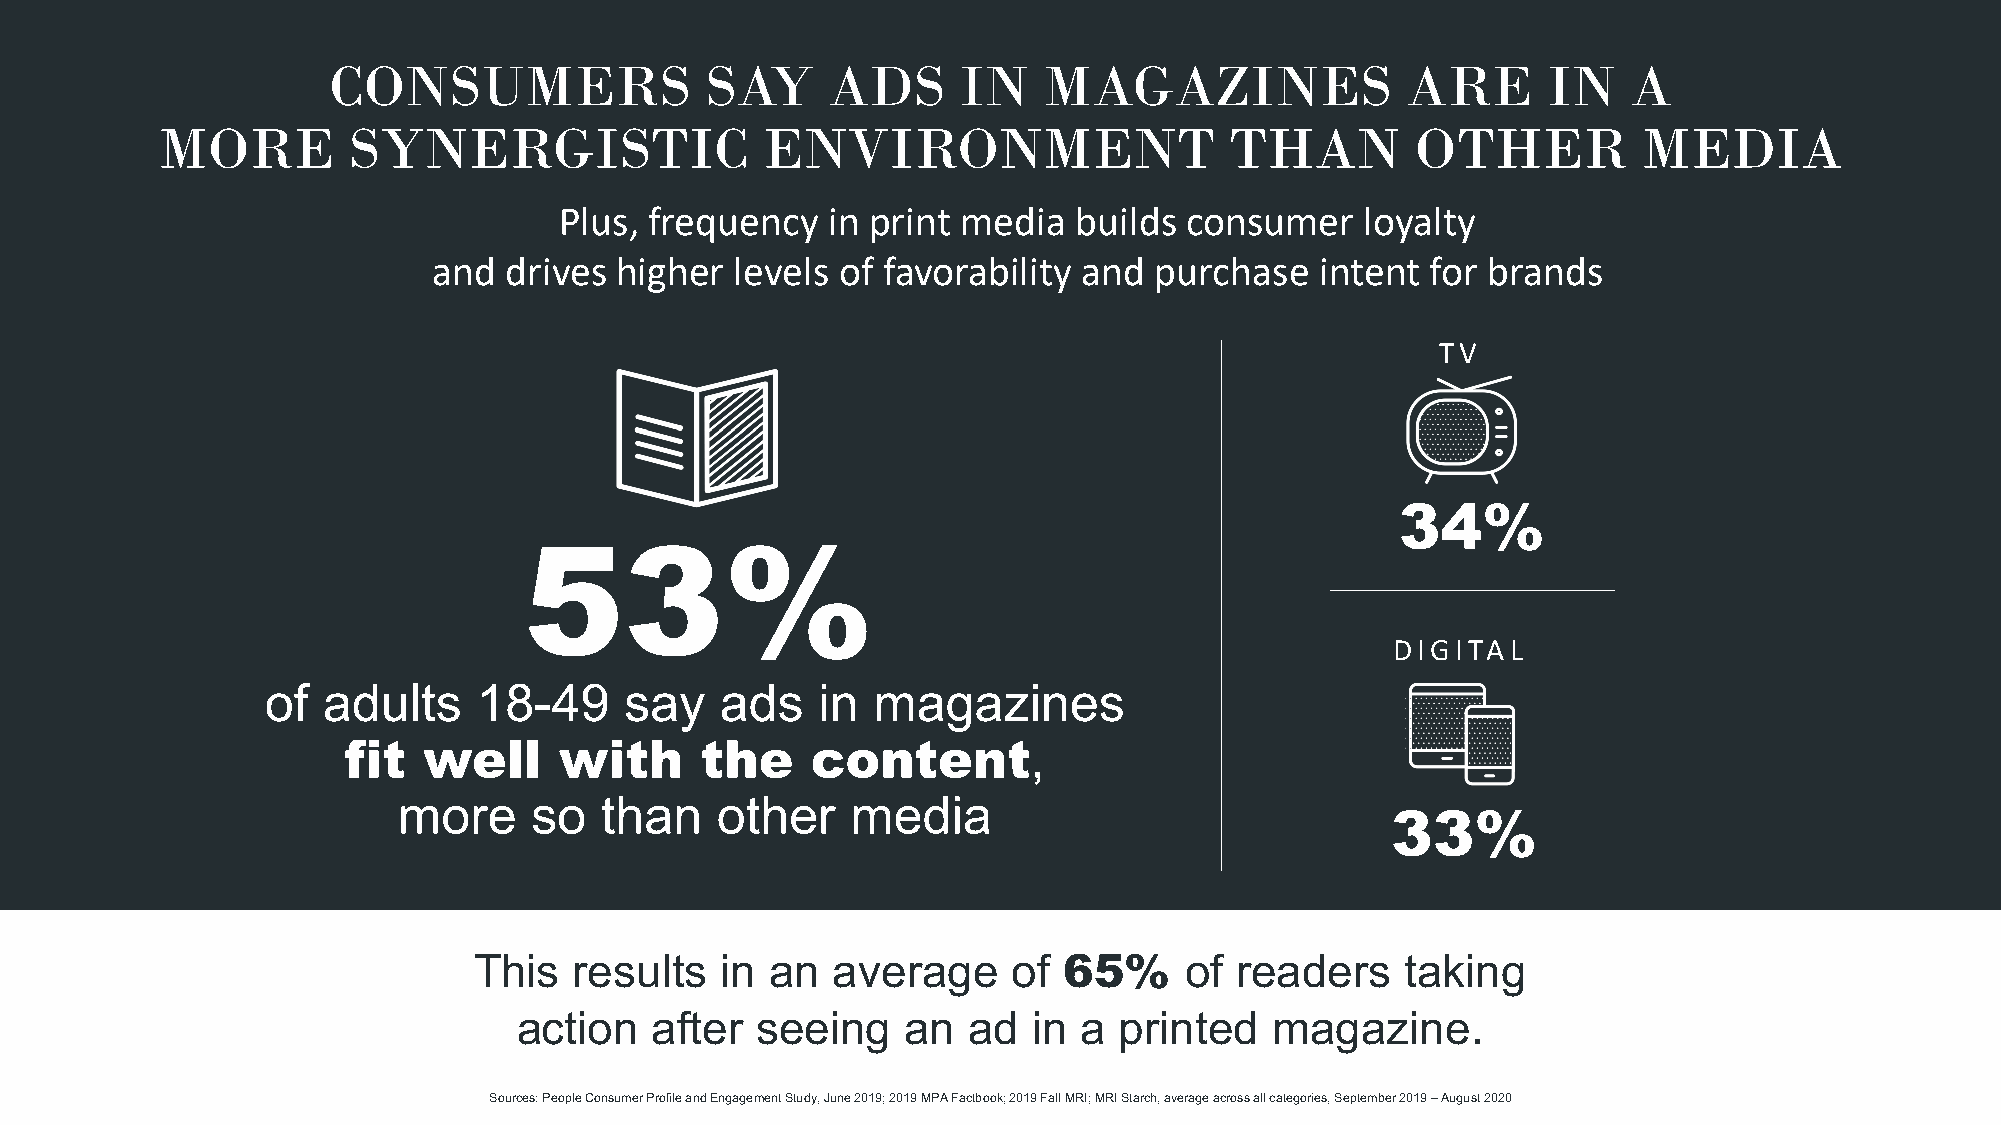
CONSUMERS                SAY     ADS     IN    MAGAZINES               ARE      IN    A
 MORE        SYNERGISTIC                ENVIRONMENT                    THAN         OTHER          MEDIA
 Plus, frequency   in print media  builds  consumer   loyalty
 and drives  higher  levels of favorability and purchase   intent  for brands
 TV
 34%
 53%
 DIGITAL
 of adults     18-49    say    ads   in  magazines
 fit  well     with     the     content,
 more     so   than   other    media
 33%
 This   results   in an  average     of 65%     of  readers    taking
 action   after  seeing    an  ad  in  a printed   magazine.
 Sources: People Consumer Profile and Engagement Study, June 2019; 2019 MPA Factbook; 2019 Fall MRI; MRI Starch, average across all categories, September 2019 –August 2020